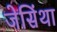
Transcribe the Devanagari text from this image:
जेसिंथा